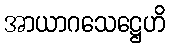
အာယာဂသေဋ္ဌေဟိ